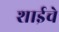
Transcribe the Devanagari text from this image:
शाईचे